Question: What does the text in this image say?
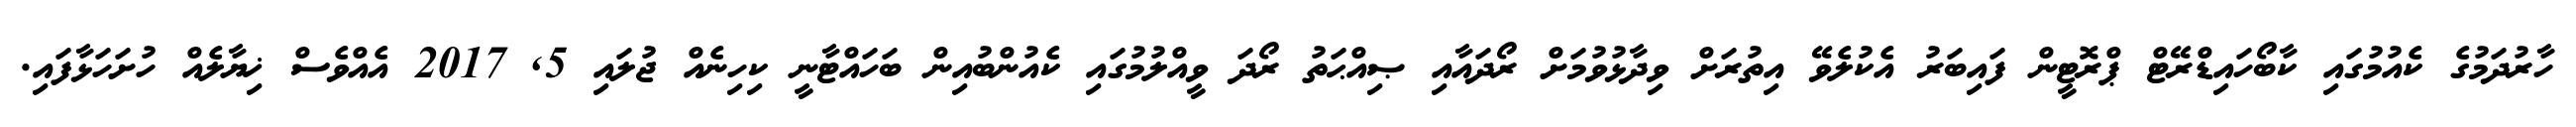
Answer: ހާރުދަމުގެ ކެއުމުގައި ކާބޯހައިޑްރޭޓް ޕްރޮޓީން ފައިބަރު އެކުލެވޭ އިތުރަށް ވިދާޅުވުމަށް ރޯދައާއި ޞިއްޙަތު ރޯދަ ވީއްލުމުގައި ކެއުންބުއިން ބަހައްޓާނީ ކިހިނެއް ޖުލައި 5, 2017 އެއްވެސް ޚިޔާލެއް ހުށަހަޅާފައި.